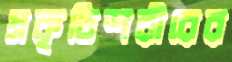
প্রকৃতিশরীরের